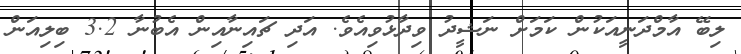
ލިބޭ އާމްދަނީއަކުން ކަމަށް ނަޝީދު ވިދާޅުވިއެވެ. އަދި ޗައިނާއިން އެބުނާ 3.2 ބިލިއަން